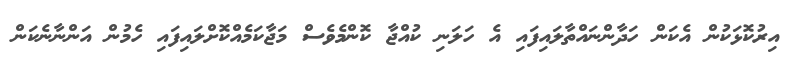
އިރުކޮޅަކުން އެކަން ހަދާންނައްތާލައިފައި އެ ހަލަނި ކުއްޖާ ކޮންމެވެސް މަޖާކަމެއްކޮށްލައިފައި ހެމުން އަންނާނެކަން